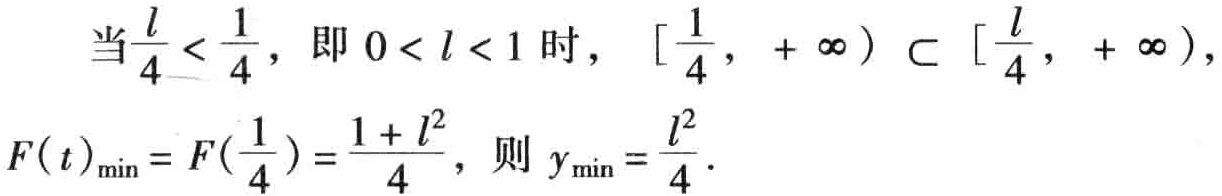
当\(\frac{l}{4} < \frac{1}{4}\)，即 \(0 < l < 1\) 时，\([\frac{1}{4}, +\infty) \subset [\frac{l}{4}, +\infty)\)，

\(F(t)_{\min}=F(\frac{1}{4})=\frac{1 + l^{2}}{4}\)，则 \(y_{\min}=\frac{l^{2}}{4}\)．